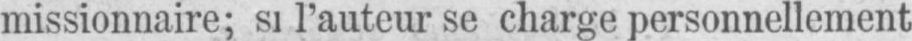
missionnaire; si l’auteur se charge personnellement